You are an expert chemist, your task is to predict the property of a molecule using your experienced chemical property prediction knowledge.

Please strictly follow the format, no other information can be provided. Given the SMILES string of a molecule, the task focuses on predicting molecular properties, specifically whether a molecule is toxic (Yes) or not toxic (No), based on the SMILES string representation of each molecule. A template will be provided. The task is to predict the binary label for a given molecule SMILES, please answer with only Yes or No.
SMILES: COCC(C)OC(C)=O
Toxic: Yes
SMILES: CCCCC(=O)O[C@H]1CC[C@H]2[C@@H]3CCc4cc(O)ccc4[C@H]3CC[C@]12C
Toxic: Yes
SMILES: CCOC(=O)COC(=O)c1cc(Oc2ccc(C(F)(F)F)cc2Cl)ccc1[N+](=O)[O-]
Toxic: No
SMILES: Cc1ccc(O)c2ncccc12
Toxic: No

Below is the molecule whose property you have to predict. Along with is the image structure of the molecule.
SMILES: C=C1C(C)(C)[C@@]2(Cl)C(Cl)[C@]1(Cl)C(Cl)(Cl)C2(Cl)Cl
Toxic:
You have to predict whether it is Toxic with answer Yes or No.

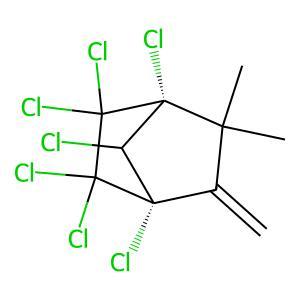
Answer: No